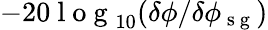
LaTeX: -20\mathrm{~l~o~g~}_{10}(\delta\phi/\delta\phi_{\mathrm{~s~g~}})